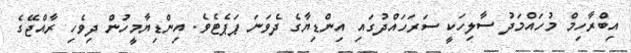
އިބްރާހިމް މުހައްމަދު ސާލިހަކީ ސަރަހައްދުގައި އިންޑިޔާގެ ދެވަނަ ޕަޕެޓެވެ. އިންޑިޔާމީހުން ދިވެހި ރާއްޖޭގެ